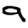
Digit: 9